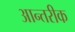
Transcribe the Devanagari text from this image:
आन्तरीक